Indian journal of veterinary science and animal husbandry - Volumes 18-21, 1948-1951
Year: 1948
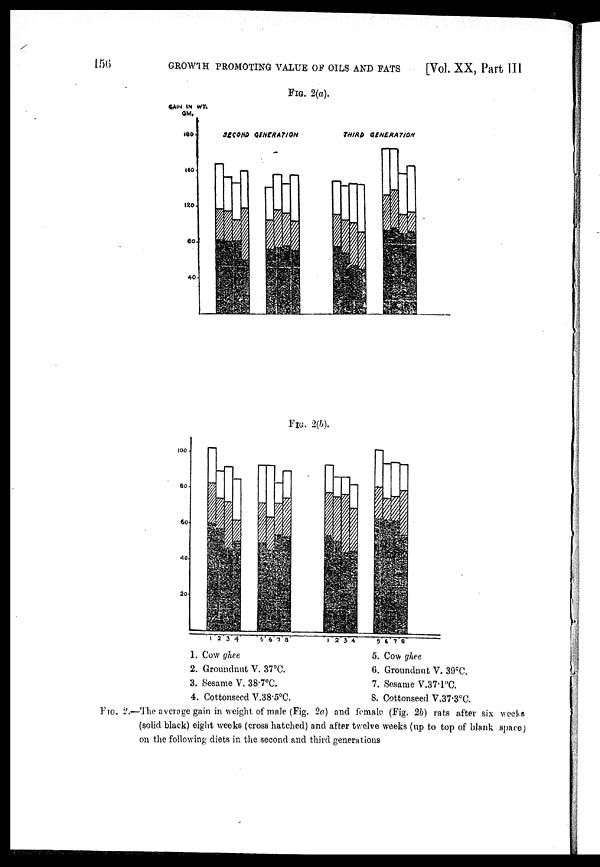
156
GROWTH PROMOTING VALUE OF OILS AND FATS
[Vol. XX, Part III
FIG. 2(a).
FIG. 2(b).
1.
2.
3.
4.
Cow ghee
Groundnut V. 37°C.
Sesame V. 38.7°C.
Cottonseed V.38.5°C.
5.
6.
7.
8.
Cow ghee
Groundnut V.39°C.
Sesame V.37.1°C.
Cottonseed V.37.3°C.
FIG. 2.––The average gain in weight of male (Fig. 2a) and female (Fig. 2b) rats after six weeks
(solid black) eight weeks (cross hatched) and after twelve weeks (up to top of blank space)
on the following diets in the second and third generations